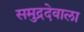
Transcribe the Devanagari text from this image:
समुद्रदेवाला